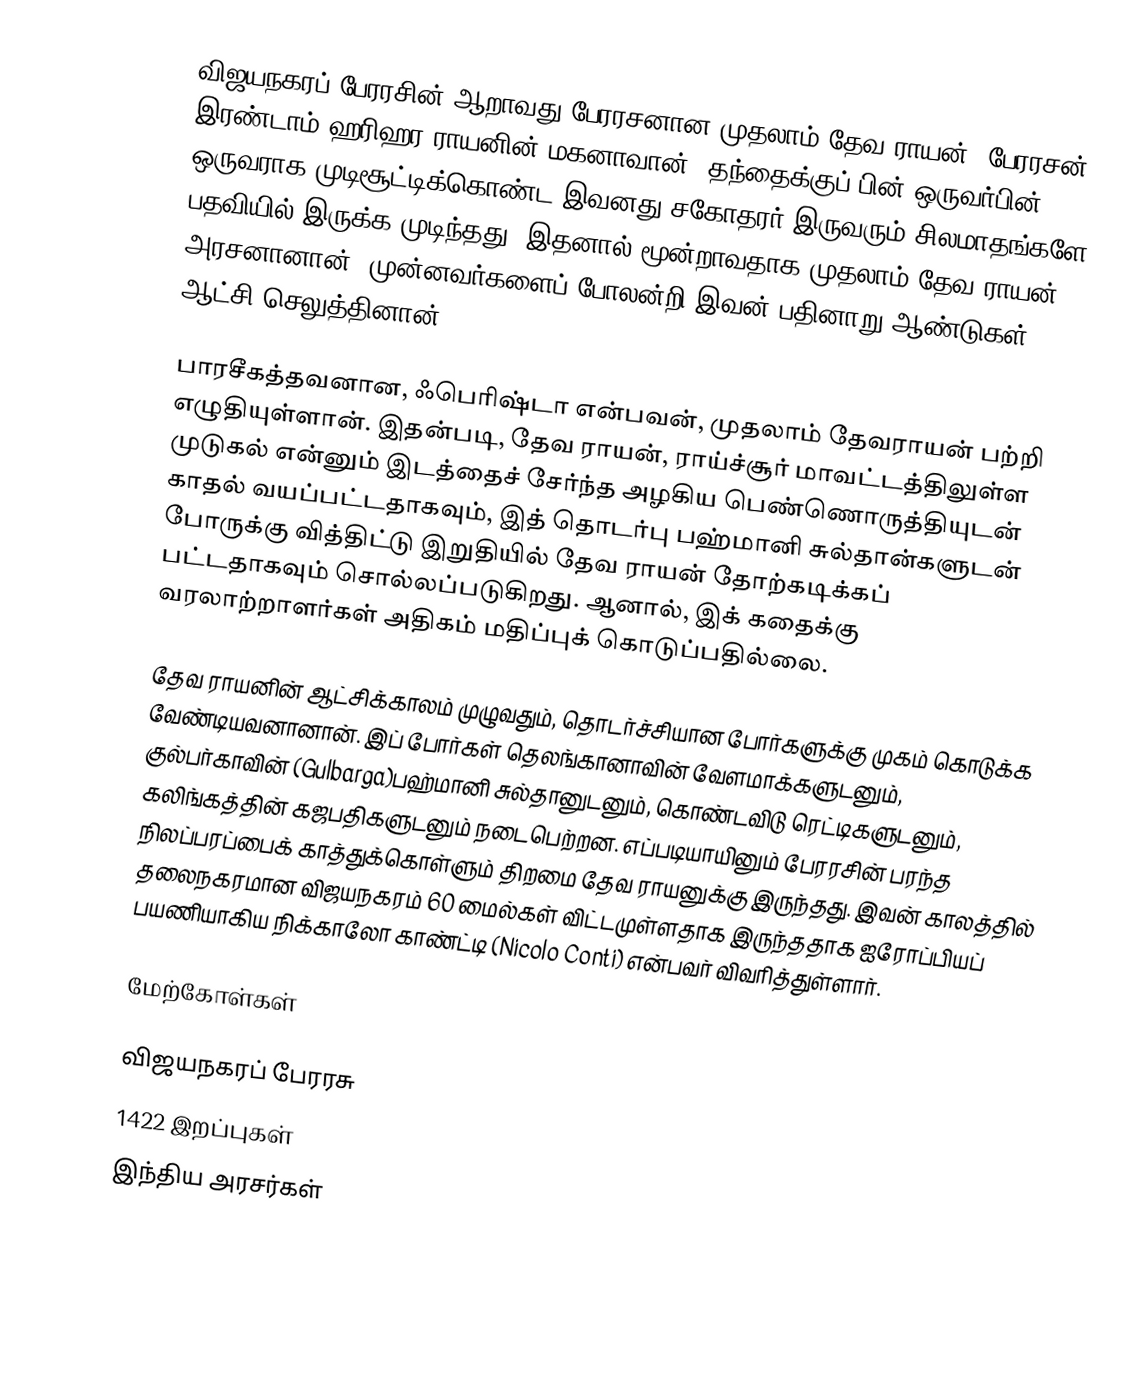
விஜயநகரப் பேரரசின் ஆறாவது பேரரசனான முதலாம் தேவ ராயன், பேரரசன் இரண்டாம் ஹரிஹர ராயனின் மகனாவான். தந்தைக்குப் பின் ஒருவர்பின் ஒருவராக முடிசூட்டிக்கொண்ட இவனது சகோதரர் இருவரும் சிலமாதங்களே பதவியில் இருக்க முடிந்தது. இதனால் மூன்றாவதாக முதலாம் தேவ ராயன் அரசனானான். முன்னவர்களைப் போலன்றி இவன் பதினாறு ஆண்டுகள் ஆட்சி செலுத்தினான்.

பாரசீகத்தவனான, ஃபெரிஷ்டா என்பவன், முதலாம் தேவராயன் பற்றி எழுதியுள்ளான். இதன்படி, தேவ ராயன், ராய்ச்சூர் மாவட்டத்திலுள்ள முடுகல் என்னும் இடத்தைச் சேர்ந்த அழகிய பெண்ணொருத்தியுடன்  காதல் வயப்பட்டதாகவும், இத் தொடர்பு பஹ்மானி சுல்தான்களுடன் போருக்கு வித்திட்டு இறுதியில் தேவ ராயன் தோற்கடிக்கப் பட்டதாகவும் சொல்லப்படுகிறது. ஆனால், இக் கதைக்கு வரலாற்றாளர்கள் அதிகம் மதிப்புக் கொடுப்பதில்லை.

தேவ ராயனின் ஆட்சிக்காலம் முழுவதும், தொடர்ச்சியான போர்களுக்கு முகம் கொடுக்க வேண்டியவனானான். இப் போர்கள் தெலங்கானாவின் வேளமாக்களுடனும், குல்பர்காவின் (Gulbarga)பஹ்மானி சுல்தானுடனும், கொண்டவிடு ரெட்டிகளுடனும், கலிங்கத்தின் கஜபதிகளுடனும் நடைபெற்றன. எப்படியாயினும் பேரரசின் பரந்த நிலப்பரப்பைக் காத்துக்கொள்ளும் திறமை தேவ ராயனுக்கு இருந்தது. இவன் காலத்தில் தலைநகரமான விஜயநகரம் 60 மைல்கள் விட்டமுள்ளதாக இருந்ததாக ஐரோப்பியப் பயணியாகிய நிக்காலோ காண்ட்டி (Nicolo Conti) என்பவர் விவரித்துள்ளார்.

மேற்கோள்கள்

விஜயநகரப் பேரரசு
1422 இறப்புகள்
 இந்திய அரசர்கள்